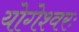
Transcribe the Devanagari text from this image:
योगेश्वरः